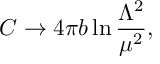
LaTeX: C \rightarrow 4 \pi b \ln \frac { \Lambda ^ { 2 } } { \mu ^ { 2 } } ,